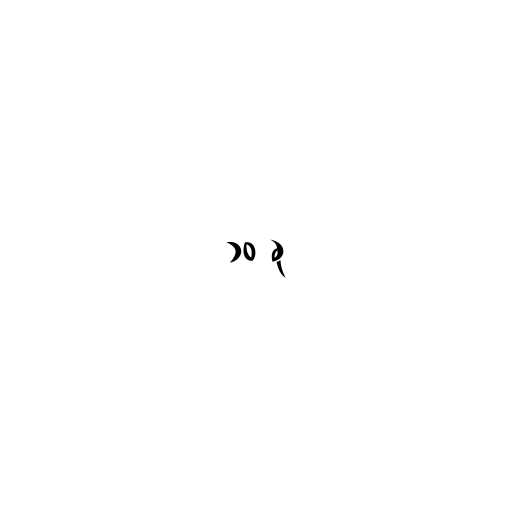
၁၀ ခု